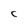
Character: C